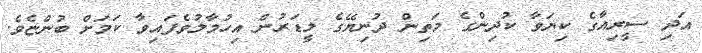
އަދި ސީރިއާގެ ކިޔަވާ ކުދިންގެ މަތިން ދުނިޔޭގެ ލީޑަރުން އިހުމާލުވެފައިވާ ކަމަށް ބުންޏެވެ.